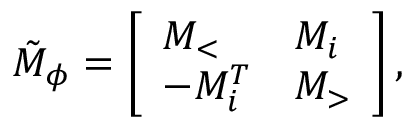
\begin{array} { r } { \tilde { M } _ { \phi } = \left[ \begin{array} { l l } { M _ { < } } & { M _ { i } } \\ { - M _ { i } ^ { T } } & { M _ { > } } \end{array} \right] , } \end{array}